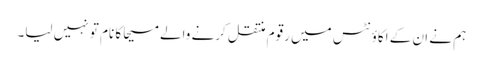
ہم نے ان کے اکاؤنٹس میں رقوم منتقل کرنے والے مسیحا کا نام تو نہیں لیا۔